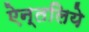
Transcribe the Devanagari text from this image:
ऐन्तलिये